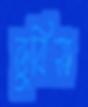
ডুবিস